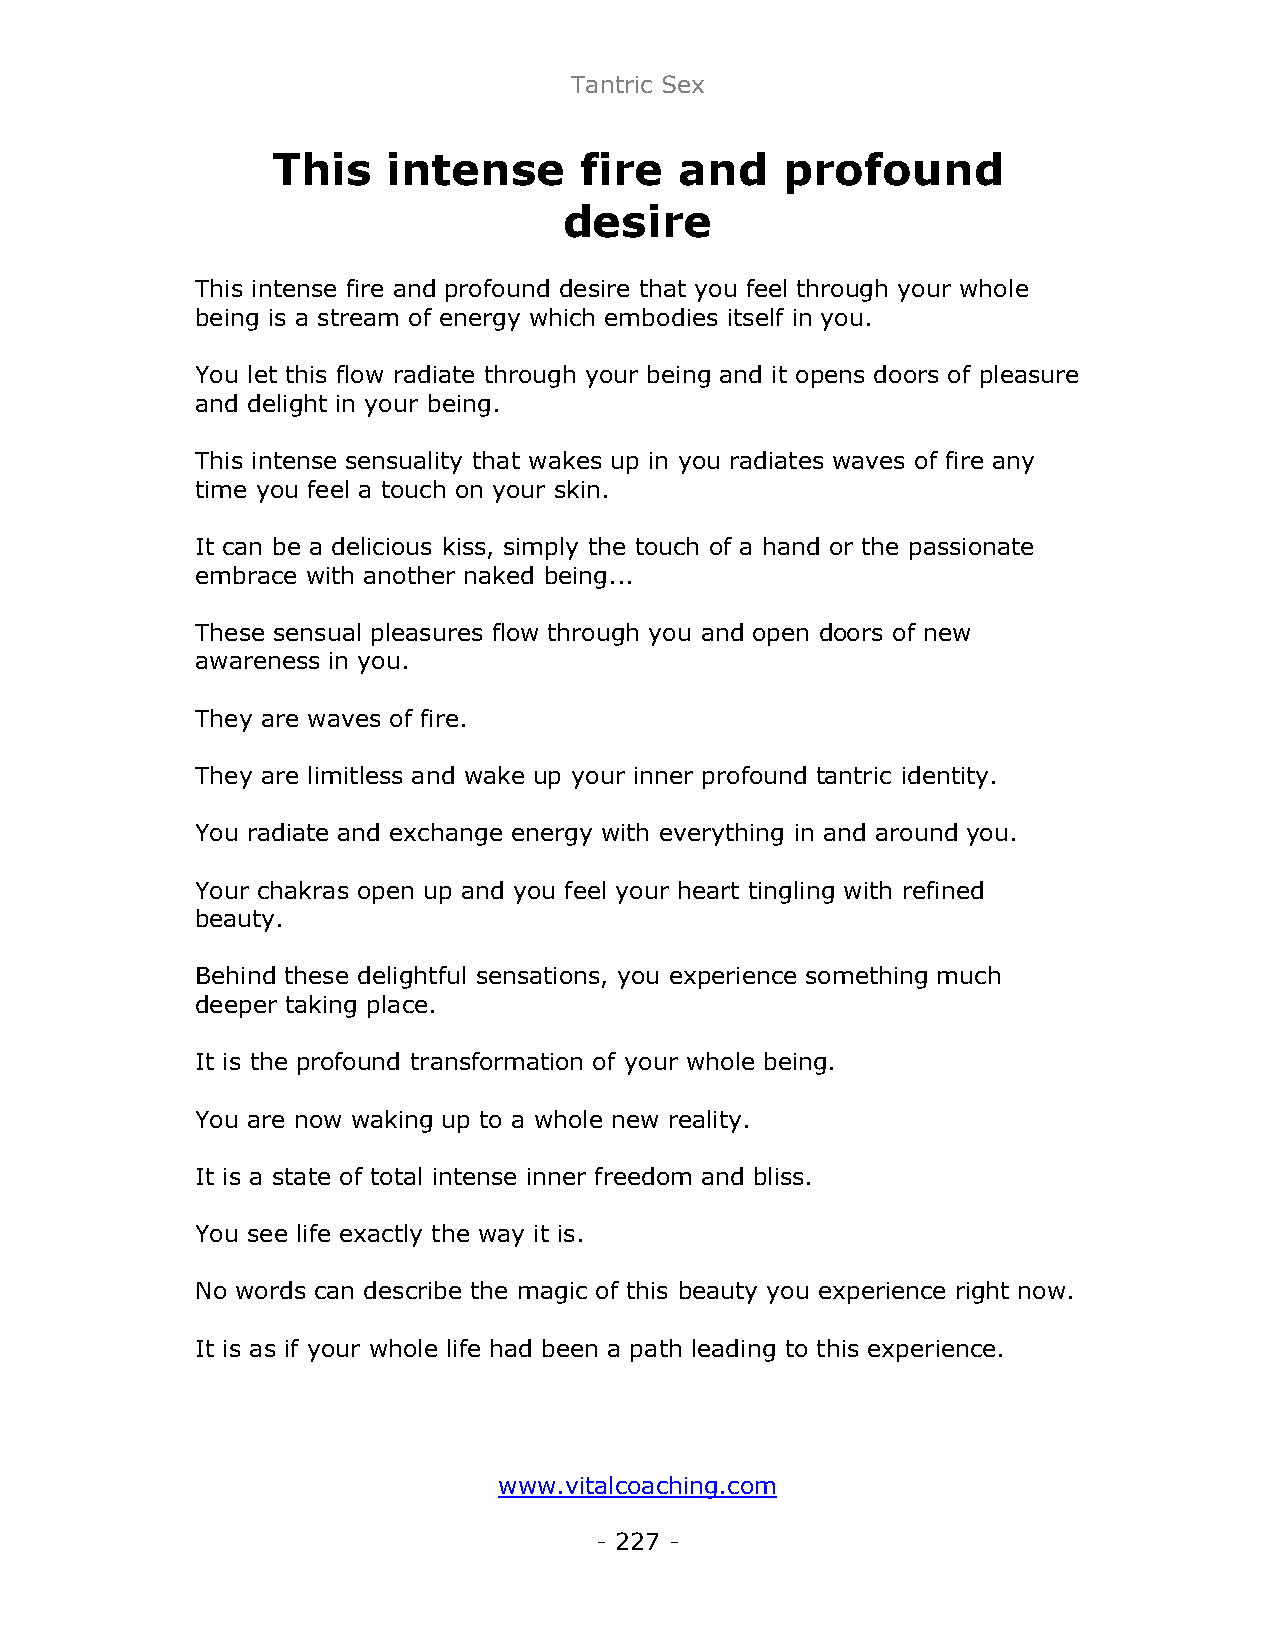
Tantric Sex
 This    intense     fire   and    profound
 desire
 This intense fire and profound desire that you feel through your whole
 being is a stream of energy which embodies itself in you.
 You let this flow radiate through your being and it opens doors of pleasure
 and delight in your being.
 This intense sensuality that wakes up in you radiates waves of fire any
 time you feel a touch on your skin.
 It can be a delicious kiss, simply the touch of a hand or the passionate
 embrace with another naked being...
 These sensual pleasures flow through you and open doors of new
 awareness in you.
 They are waves of fire.
 They are limitless and wake up your inner profound tantric identity.
 You radiate and exchange energy with everything in and around you.
 Your chakras open up and you feel your heart tingling with refined
 beauty.
 Behind these delightful sensations, you experience something much
 deeper taking place.
 It is the profound transformation of your whole being.
 You are now waking up to a whole new reality.
 It is a state of total intense inner freedom and bliss.
 You see life exactly the way it is.
 No words can describe the magic of this beauty you experience right now.
 It is as if your whole life had been a path leading to this experience.
 www.vitalcoaching.com
 - 227 -